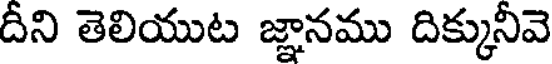
దీని తెలియుట జ్ఞానము దిక్కునీవె